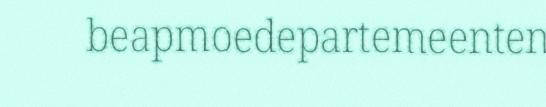
beapmoedepartemeenten